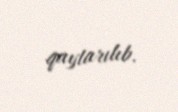
qaytarılıb.